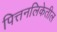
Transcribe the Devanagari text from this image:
पित्तनलिकेतील